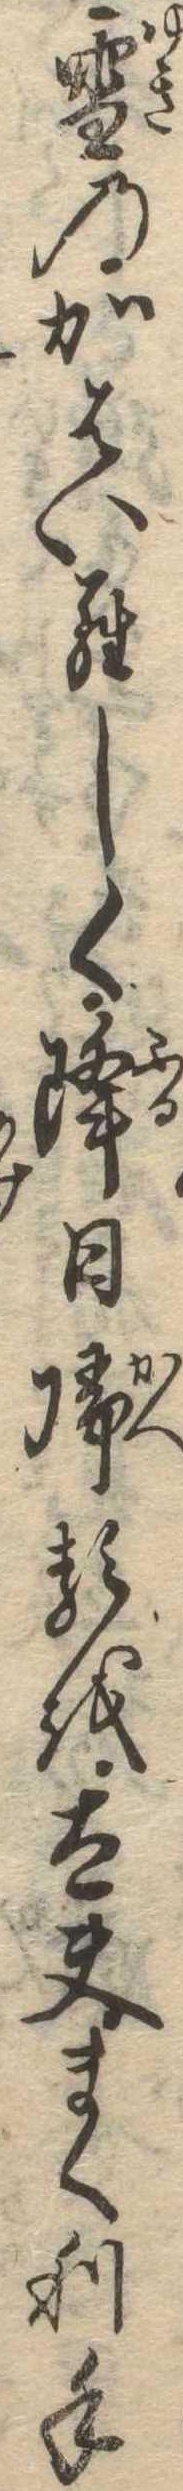
雪のかはいらしく降日帰るを太夫まくり手